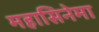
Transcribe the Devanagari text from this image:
महासिनेमा